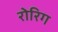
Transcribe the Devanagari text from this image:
रोरिग